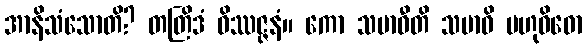
အာနိသံသောတိ? တတြိဒံ ဝိဿဇ္ဇနံ။ ကော သမာဓီတိ သမာဓိ ဗဟုဝိဓော